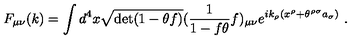
F _ { \mu \nu } ( k ) = \int d ^ { 4 } x \sqrt { \det ( 1 - \theta f ) } ( \frac { 1 } { 1 - f \theta } f ) _ { \mu \nu } e ^ { i k _ { \rho } ( x ^ { \rho } + \theta ^ { \rho \sigma } a _ { \sigma } ) } \ .